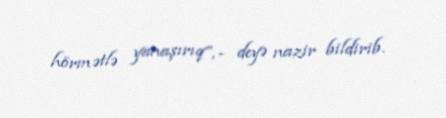
hörmətlə yanaşırıq”, - deyə nazir bildirib.